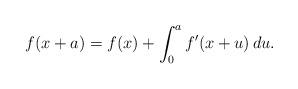
LaTeX: \begin{align*} f(x+a) = f(x) + \int_{0}^{a} f'(x + u) \, du. \end{align*}